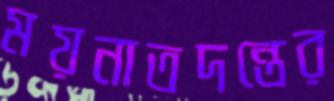
ময়নাতদন্তের